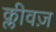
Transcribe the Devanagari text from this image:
क्लीवज़